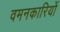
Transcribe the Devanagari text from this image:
वमनकारियों